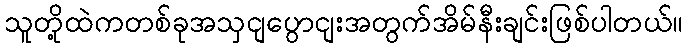
သူတို့ထဲကတစ်ခုအသှငျပွောငျးအတွက်အိမ်နီးချင်းဖြစ်ပါတယ်။